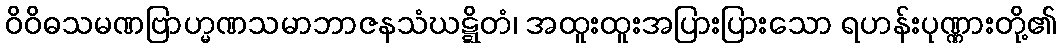
ဝိဝိဓသမဏဗြာဟ္မဏသမာဘာဇနသံဃဋ္ဋိတံ၊ အထူးထူးအပြားပြားသော ရဟန်းပုဏ္ဏားတို့၏